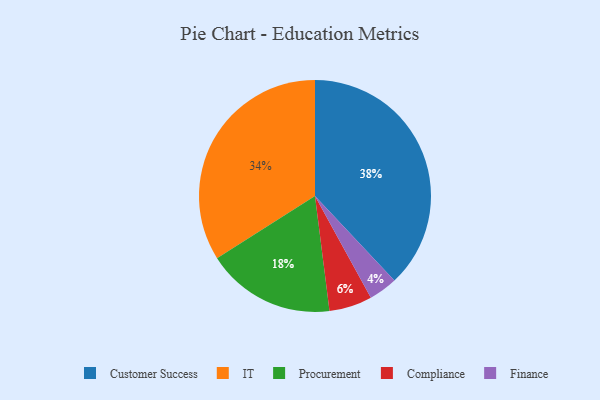
{"axis": {"x": "Category", "y": "Percentage"}, "legend": ["Compliance", "Customer Success", "Finance", "IT", "Procurement"], "data": [{"x": "Compliance", "y": 6, "type": "Compliance"}, {"x": "Finance", "y": 4, "type": "Finance"}, {"x": "Procurement", "y": 18, "type": "Procurement"}, {"x": "Customer Success", "y": 38, "type": "Customer Success"}, {"x": "IT", "y": 34, "type": "IT"}]}